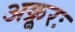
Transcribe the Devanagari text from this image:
अक्रूरः